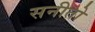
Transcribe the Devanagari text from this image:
सनीतो